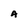
Character: A